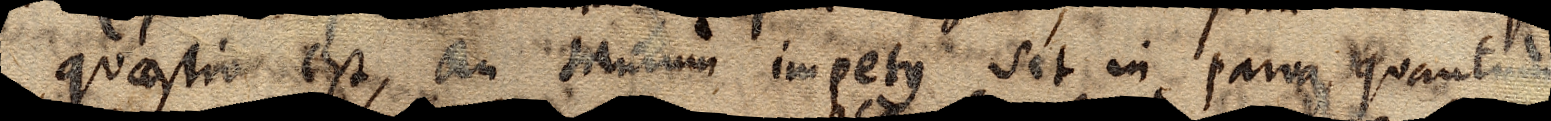
quaestio est, an tantum impetus sit in parva, quantum